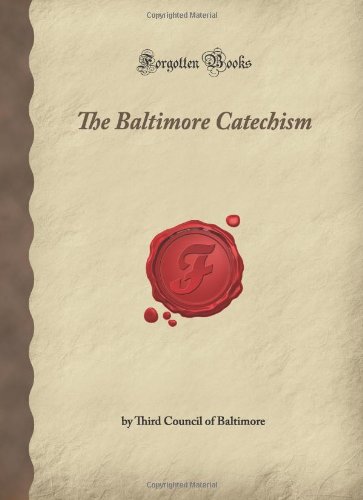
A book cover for The Baltimore Catechism: (Forgotten Books); Third Council of Baltimore; Christian Books & Bibles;